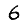
Digit: 6